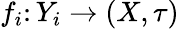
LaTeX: f_{i}\colon Y_{i}\to(X,\tau)